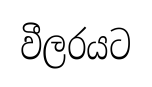
වීලරයට